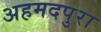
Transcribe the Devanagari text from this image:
अहमदपुरा